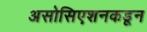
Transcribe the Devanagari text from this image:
असोसिएशनकडून